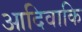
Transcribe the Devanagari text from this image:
आदिवाकि